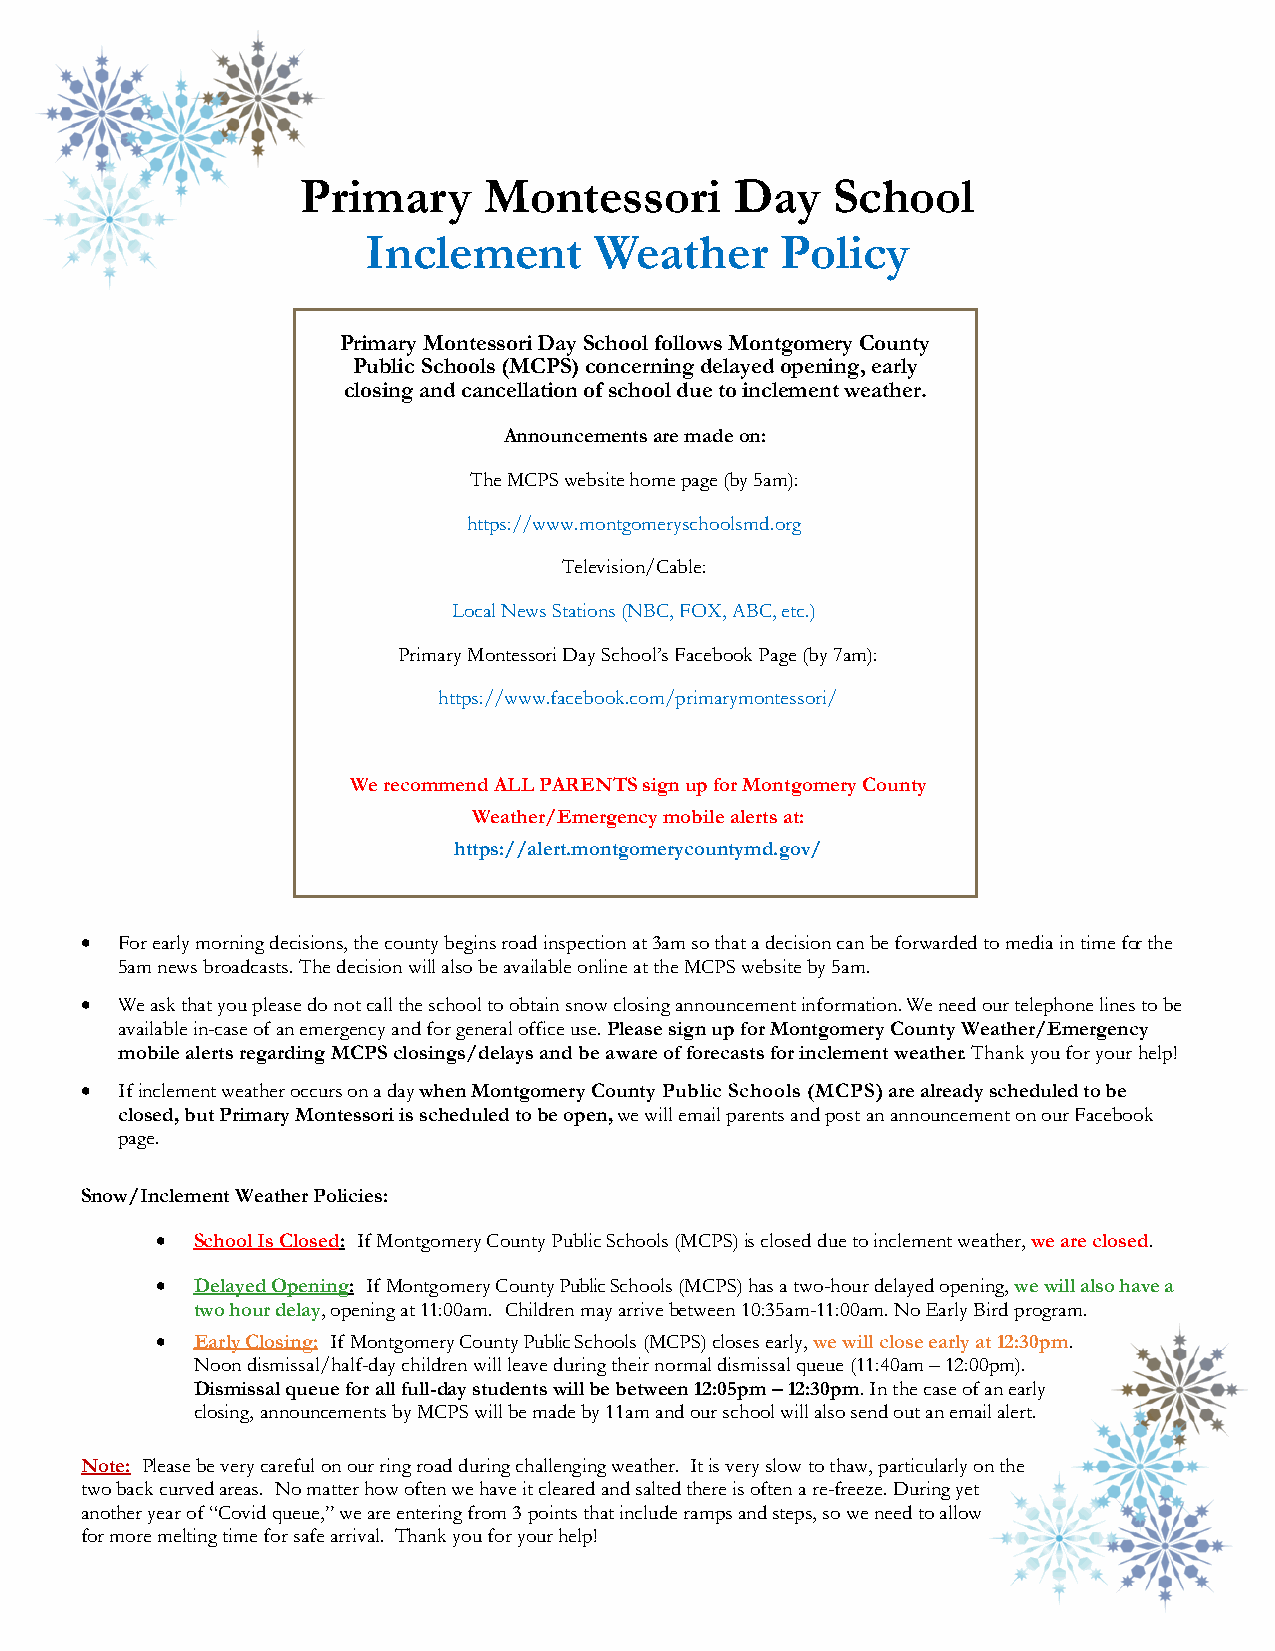
Primary     Montessori       Day   School
 Inclement      Weather      Policy
 Primary Montessori Day School follows Montgomery County
 Public Schools (MCPS) concerning delayed opening, early
 closing and cancellation of school due to inclement weather.
 Announcements are made on:
 The MCPS website home page (by 5am):
 https://www.montgomeryschoolsmd.org
 Television/Cable:
 Local News Stations (NBC, FOX, ABC, etc.)
 Primary Montessori Day School’s Facebook Page (by 7am):
 https://www.facebook.com/primarymontessori/
 We recommend ALL PARENTS sign up for Montgomery County
 Weather/Emergency mobile alerts at:
 https://alert.montgomerycountymd.gov/
 ·  For early morning decisions, the county begins road inspection at 3am so that a decision can be forwarded to media in time for the
 5am news broadcasts. The decision will also be available online at the MCPS website by 5am.
 ·  We ask that you please do not call the school to obtain snow closing announcement information. We need our telephone lines to be
 available in-case of an emergency and for general office use. Please sign up for Montgomery County Weather/Emergency
 mobile alerts regarding MCPS closings/delays and be aware of forecasts for inclement weather. Thank you for your help!
 ·  If inclement weather occurs on a day when Montgomery County Public Schools (MCPS) are already scheduled to be
 closed, but Primary Montessori is scheduled to be open, we will email parents and post an announcement on our Facebook
 page.
 Snow/Inclement Weather Policies:
 ·  School Is Closed: If Montgomery County Public Schools (MCPS) is closed due to inclement weather, we are closed.
 ·  Delayed Opening: If Montgomery County Public Schools (MCPS) has a two-hour delayed opening, we will also have a
 two hour delay, opening at 11:00am. Children may arrive between 10:35am-11:00am. No Early Bird program.
 ·  Early Closing: If Montgomery County Public Schools (MCPS) closes early, we will close early at 12:30pm.
 Noon dismissal/half-day children will leave during their normal dismissal queue (11:40am – 12:00pm).
 Dismissal queue for all full-day students will be between 12:05pm – 12:30pm. In the case of an early
 closing, announcements by MCPS will be made by 11am and our school will also send out an email alert.
 Note: Please be very careful on our ring road during challenging weather. It is very slow to thaw, particularly on the
 two back curved areas. No matter how often we have it cleared and salted there is often a re-freeze. During yet
 another year of “Covid queue,” we are entering from 3 points that include ramps and steps, so we need to allow
 for more melting time for safe arrival. Thank you for your help!